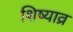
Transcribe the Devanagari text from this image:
शिष्याव्र